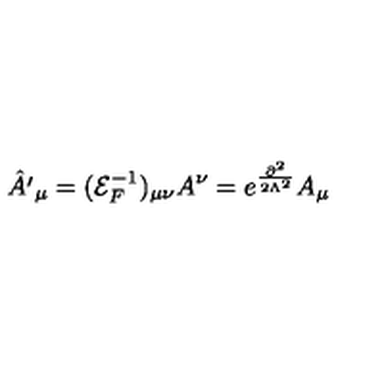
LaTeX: { \hat { A ^ { \prime } } } _ { \mu } = ( { \mathcal { E } } _ { F } ^ { - 1 } ) _ { \mu \nu } A ^ { \nu } = e ^ { \frac { \partial ^ { 2 } } { 2 \Lambda ^ { 2 } } } A _ { \mu }